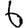
Digit: 6